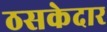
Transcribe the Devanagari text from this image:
ठसकेदार